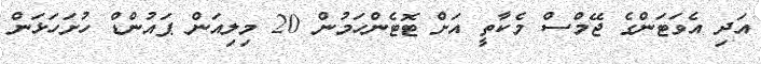
އަދި އެވަޓަންގެ ޖޭމްސް މެކާތީ އަށް ޓޮޓެންހަމުން 20 މިލިއަން ޕައުންޑް ހުށަހަޅަން